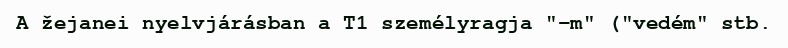
A žejanei nyelvjárásban a T1 személyragja "-m" ("vedém" stb.